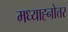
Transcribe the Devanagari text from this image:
मध्याह्नोत्तर